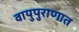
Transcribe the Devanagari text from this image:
वायुपुराणात